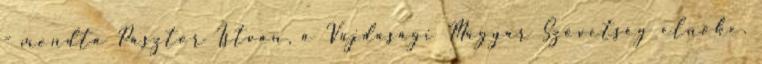
- mondta Pásztor István, a Vajdasági Magyar Szövetség elnöke.